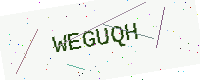
Text: WEGUQH